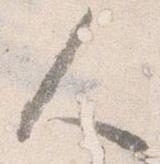
人